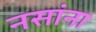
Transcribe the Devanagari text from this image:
नसांना